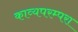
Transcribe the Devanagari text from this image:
काव्यपरम्परा